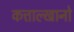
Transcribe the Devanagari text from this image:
कत्ताल्खानो